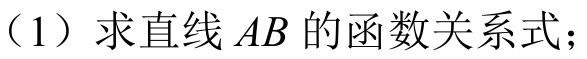
（1）求直线\(AB\)的函数关系式；